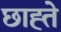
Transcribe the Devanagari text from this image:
छाह्ते